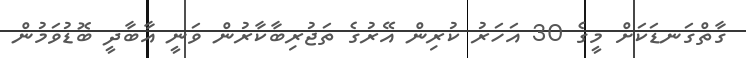
ގާތްގަނޑަކަށް މީގެ 30 އަހަރު ކުރިން އޭރުގެ ތަޖުރިބާކާރުން ވަނީ އާބާދީ ބޮޑުވަމުން